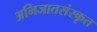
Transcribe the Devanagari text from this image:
अभिजातसंस्कृत